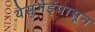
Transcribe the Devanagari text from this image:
येसुगेईपासून